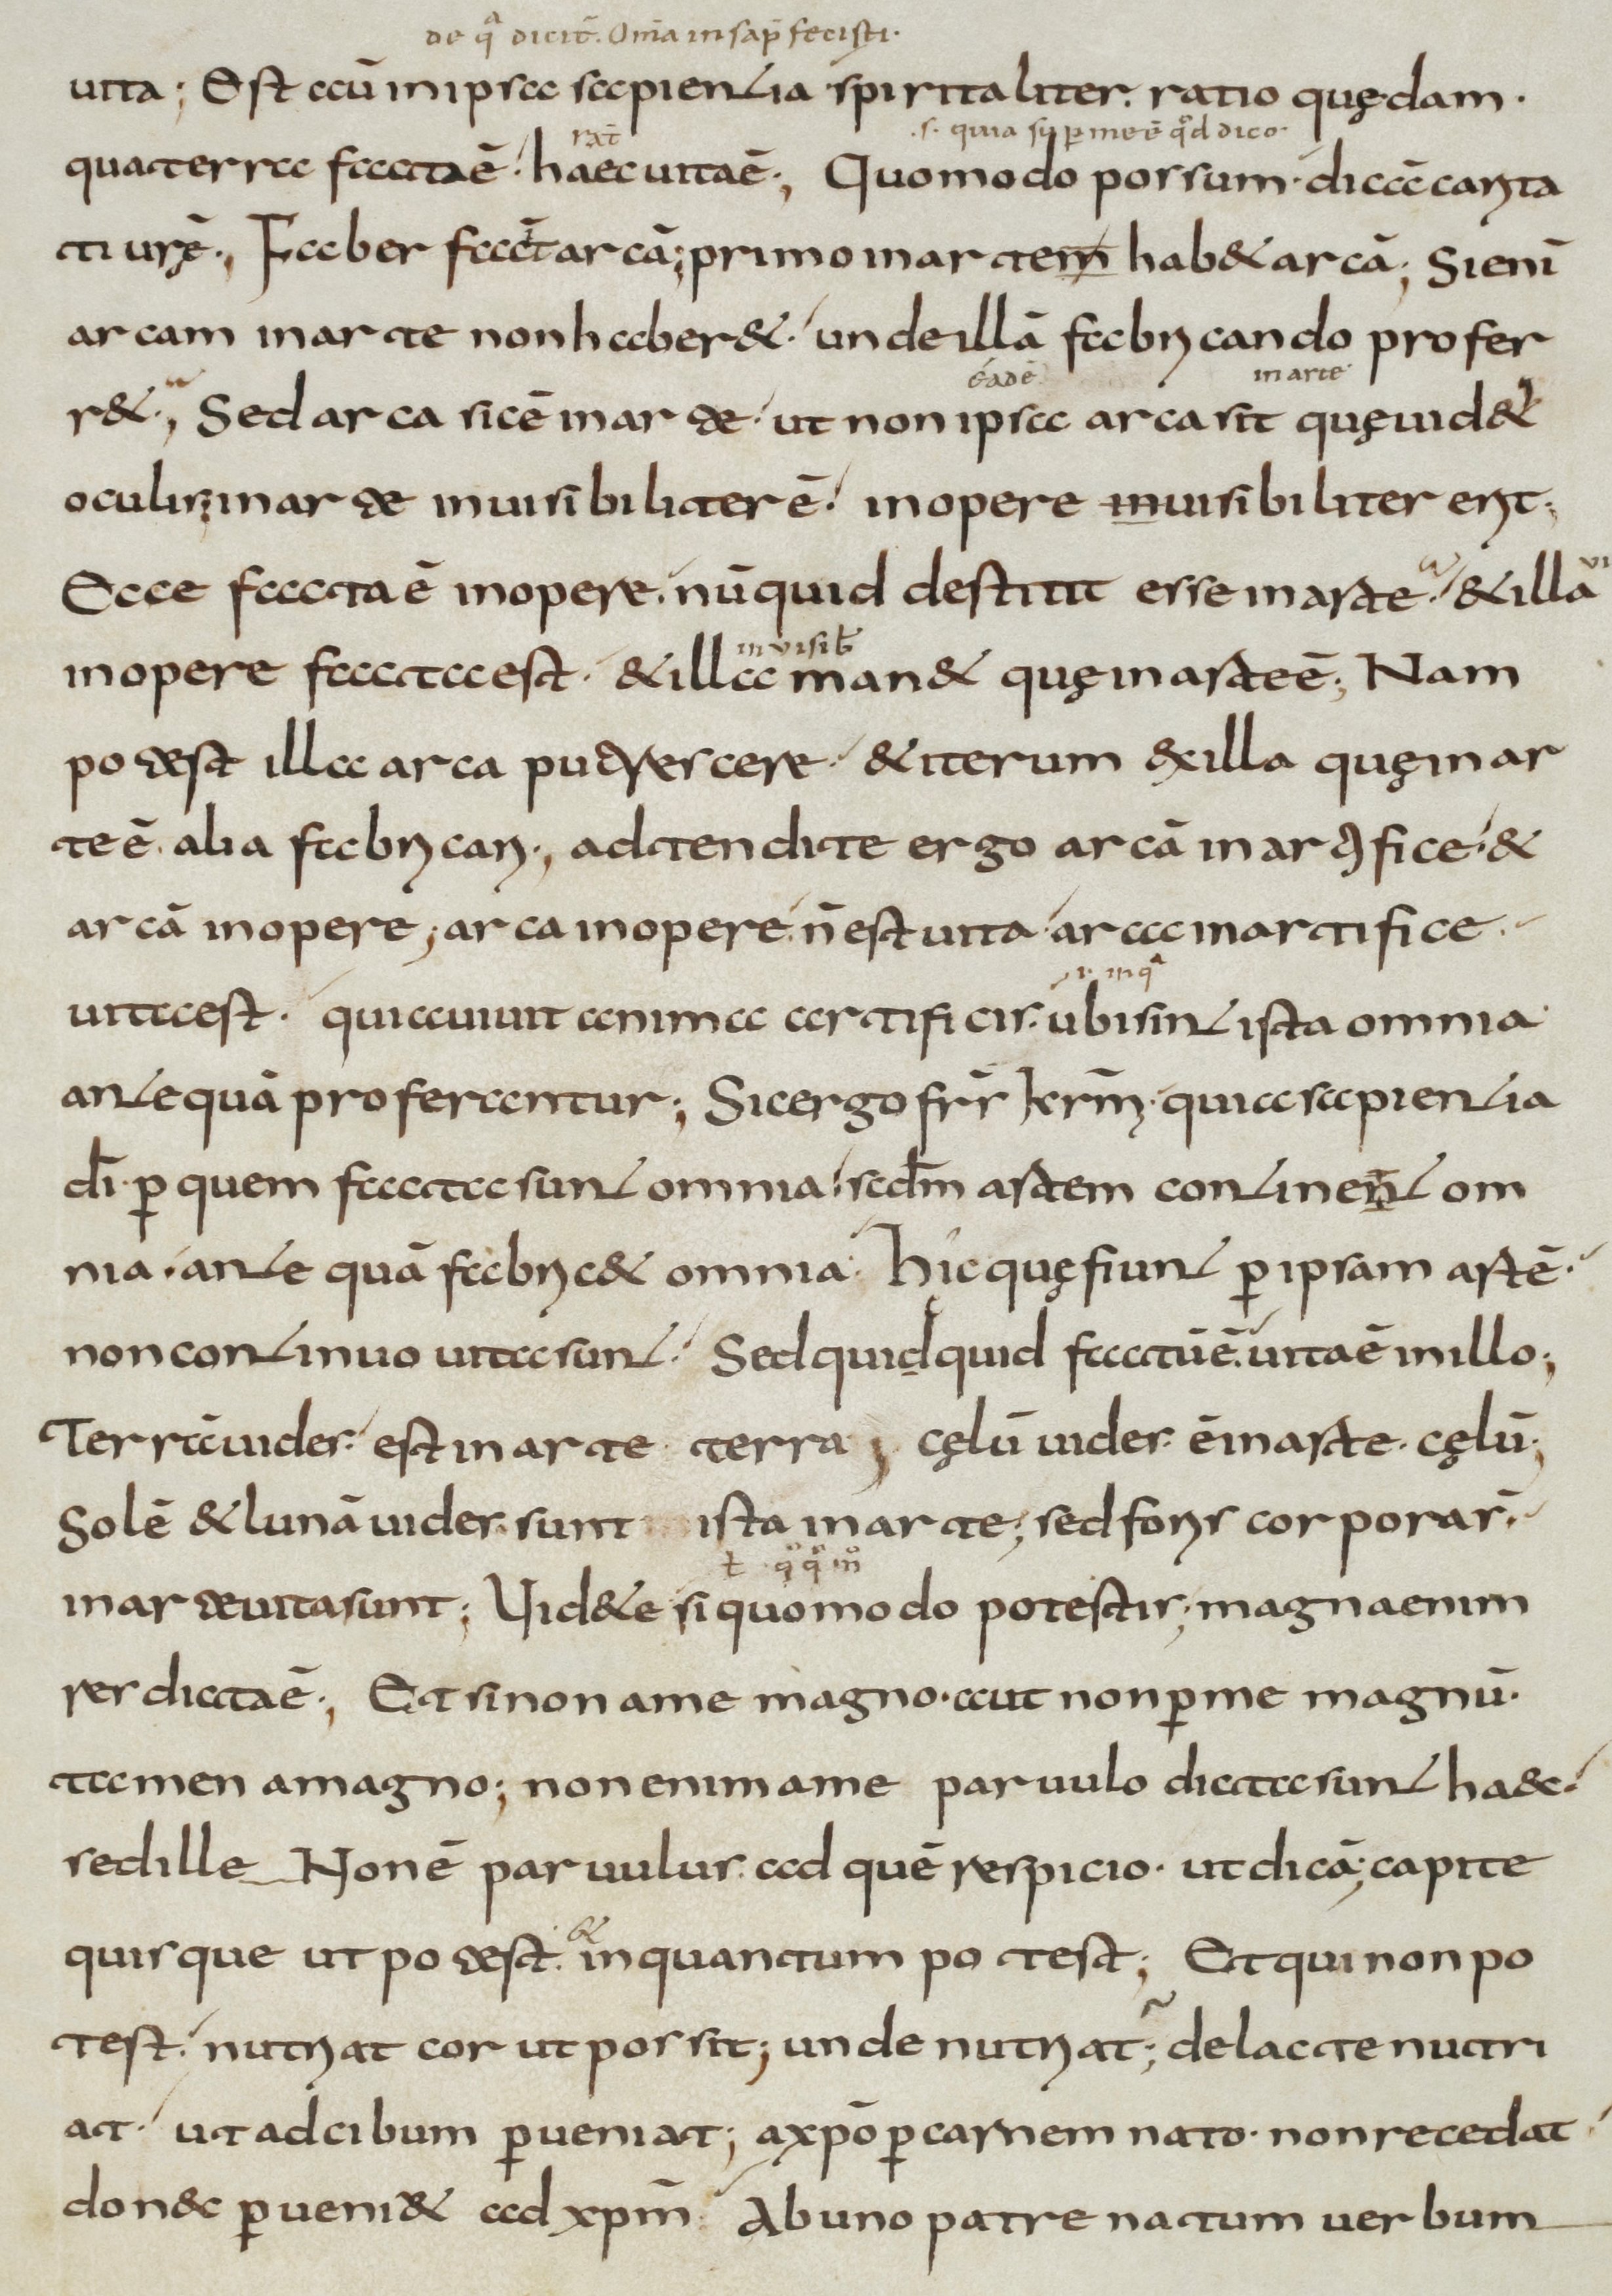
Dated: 800–899